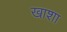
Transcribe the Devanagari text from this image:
खाशा